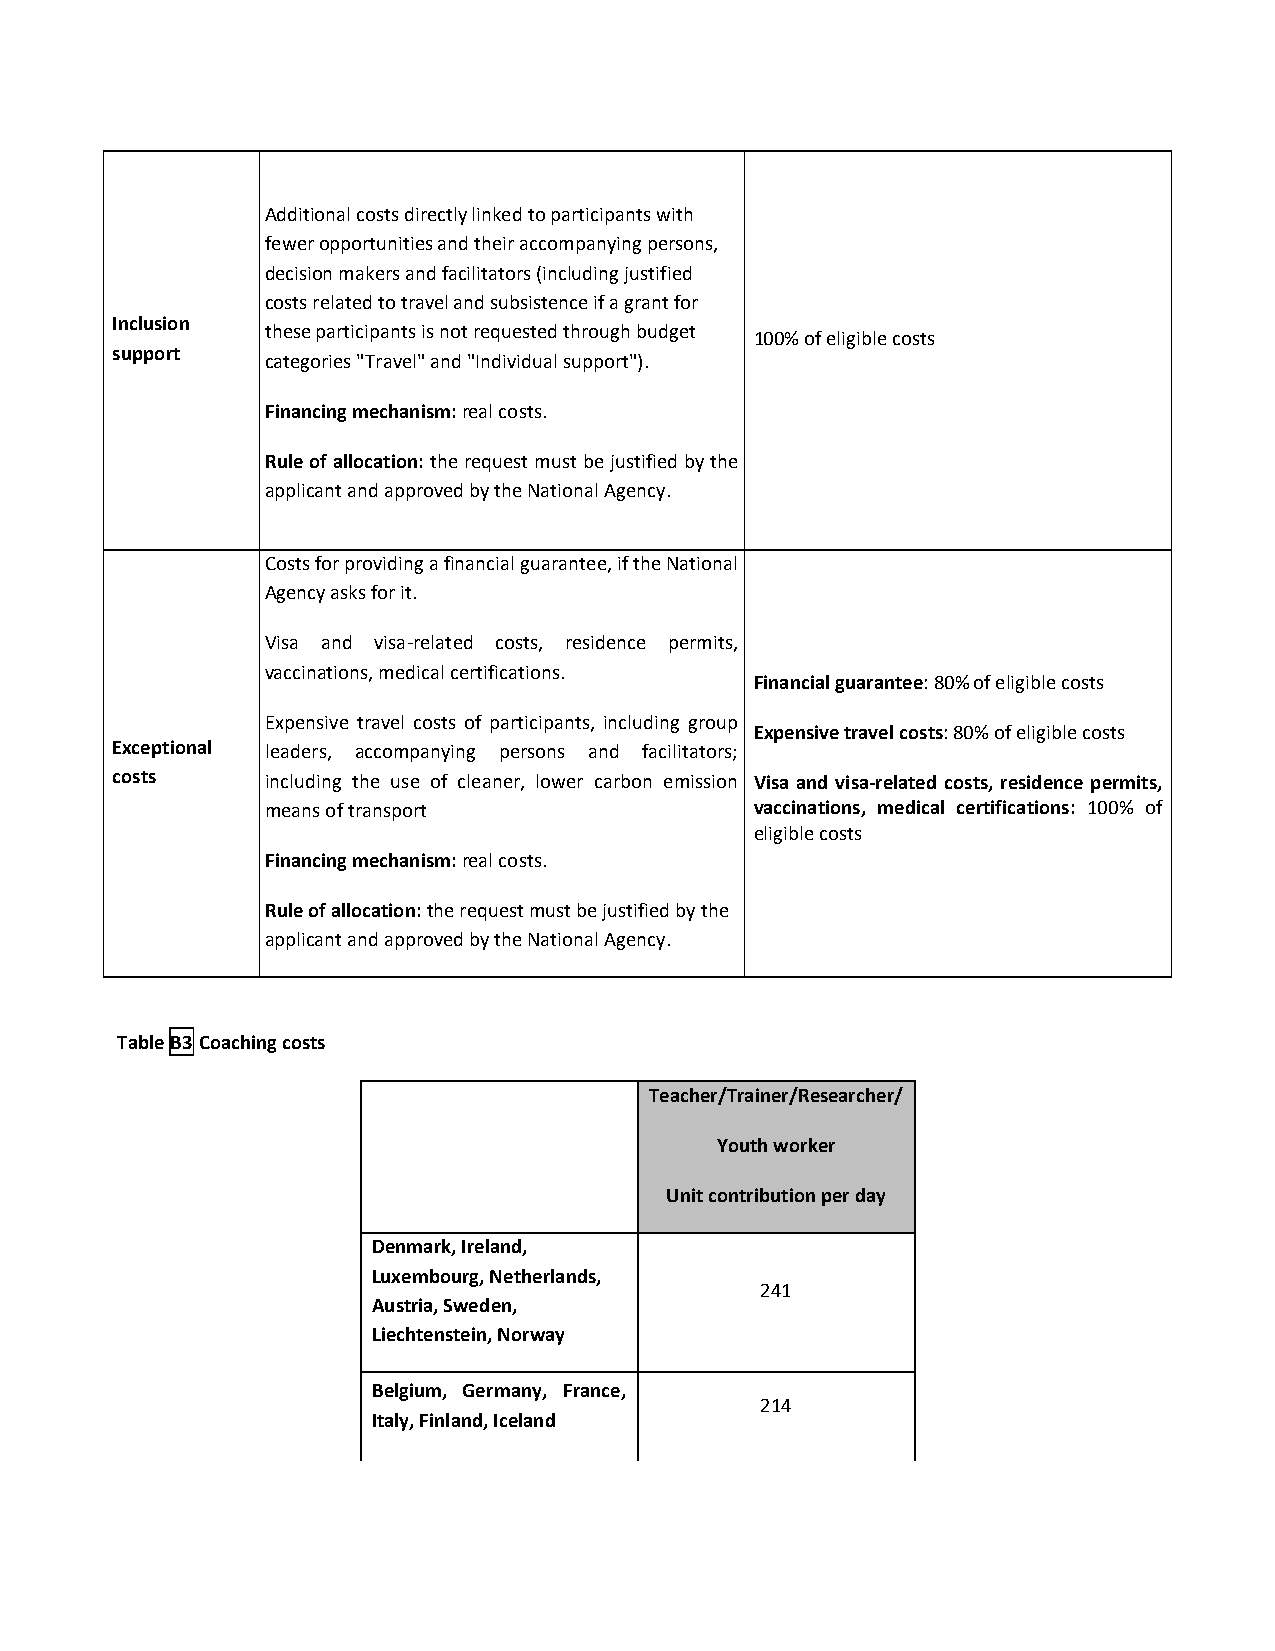
Additional costs directly linked to participants with
 fewer opportunities and their accompanying persons,
 decision makers and facilitators (including justified
 costs related to travel and subsistence if a grant for
 Inclusion
 these participants is not requested through budget
 100% of eligible costs
 support
 categories "Travel" and "Individual support").
 Financing mechanism: real costs.
 Rule of allocation: the request must be justified by the
 applicant and approved by the National Agency.
 Costs for providing a financial guarantee, if the National
 Agency asks for it.
 Visa and visa-related costs, residence permits,
 vaccinations, medical certifications.
 Financial guarantee: 80% of eligible costs
 Expensive travel costs of participants, including group
 Expensive travel costs: 80% of eligible costs
 Exceptional leaders, accompanying persons and facilitators;
 costs      including the use of cleaner, lower carbon emission Visa and visa-related costs, residence permits,
 means of transport              vaccinations, medical certifications: 100% of
 eligible costs
 Financing mechanism: real costs.
 Rule of allocation: the request must be justified by the
 applicant and approved by the National Agency.
 Table B3 Coaching costs
 Teacher/Trainer/Researcher/
 Youth worker
 Unit contribution per day
 Denmark, Ireland,
 Luxembourg, Netherlands,
 241
 Austria, Sweden,
 Liechtenstein, Norway
 Belgium, Germany, France,
 214
 Italy, Finland, Iceland